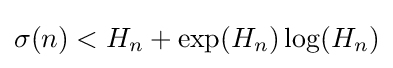
\sigma (n)<H_{n}+\exp(H_{n})\log(H_{n})